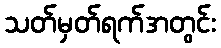
သတ်မှတ်ရက်အတွင်း